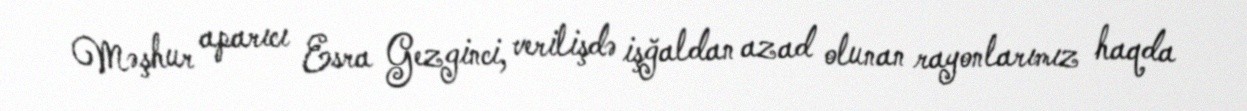
Məşhur aparıcı Esra Gezginci, verilişdə işğaldan azad olunan rayonlarımız haqda